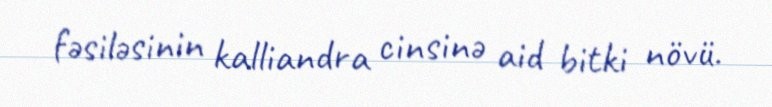
fəsiləsinin kalliandra cinsinə aid bitki növü.